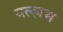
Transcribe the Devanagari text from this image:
वल्ल्लभ